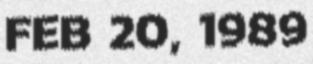
FEB 20, 1989